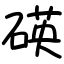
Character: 碤